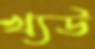
খ্যউ